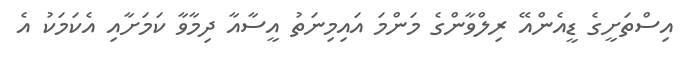
އިސްތަށީގެ ޑީއެންއޭ ރިލްވާންގެ މަންމަ އައިމިނަތު އީސާއާ ދިމާވާ ކަމަށާއި އެކަމަކު އެ